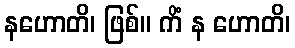
နဟောတိ၊ ဖြစ်။ ကိံ န ဟောတိ၊